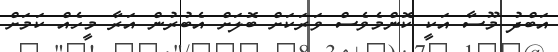
އަބްދު މޫސާ އަކީ ކޮންމެވެސް ވަރަކަށް ބޮލަށް އެބުރުން އަރާ މީހެއް ކަމަށް